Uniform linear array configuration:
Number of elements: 64
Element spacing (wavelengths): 0.5
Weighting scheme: kaiser
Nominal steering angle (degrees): -15
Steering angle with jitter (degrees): -15.233
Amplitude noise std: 0.05
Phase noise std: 0.05

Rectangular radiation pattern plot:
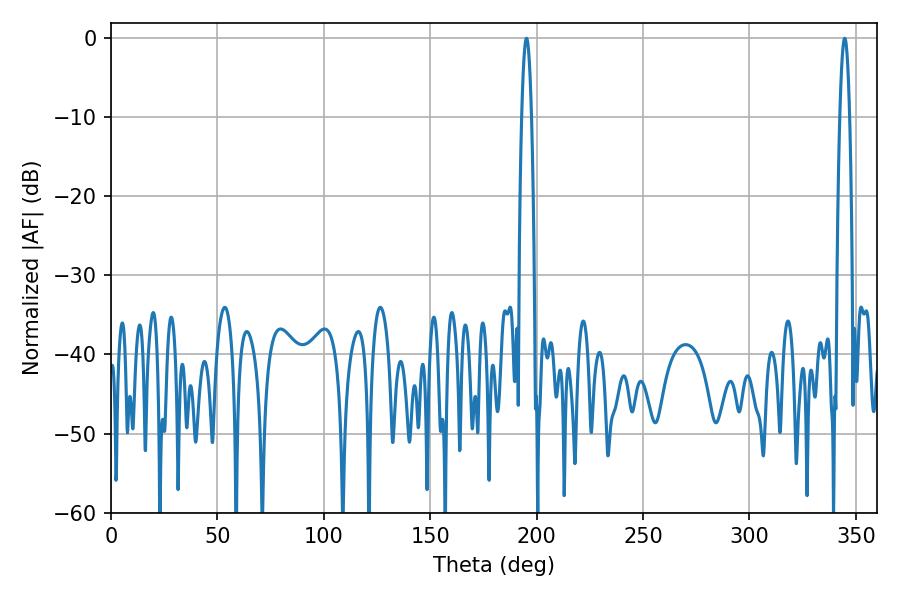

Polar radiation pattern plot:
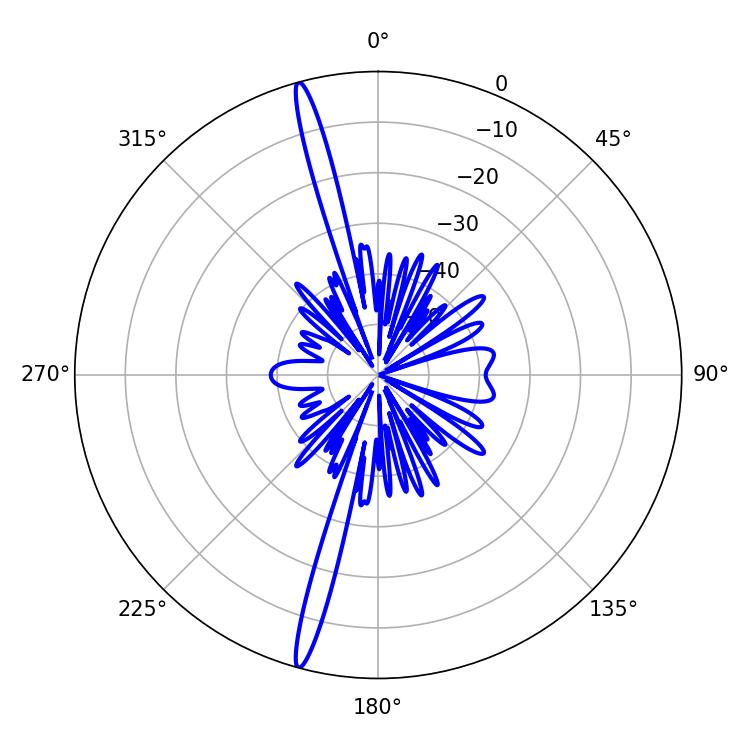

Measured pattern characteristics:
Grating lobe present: FALSE
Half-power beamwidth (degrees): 2.52
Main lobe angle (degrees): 344.7